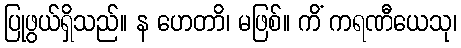
ပြုဖွယ်ရှိသည်။ န ဟေတာိ၊ မဖြစ်။ ကိံ ကရဏီယေသု၊